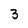
Character: 3